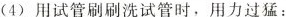
(4)用试管刷刷洗试管时，用力过猛：